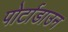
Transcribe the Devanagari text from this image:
पोर्टाडाउन